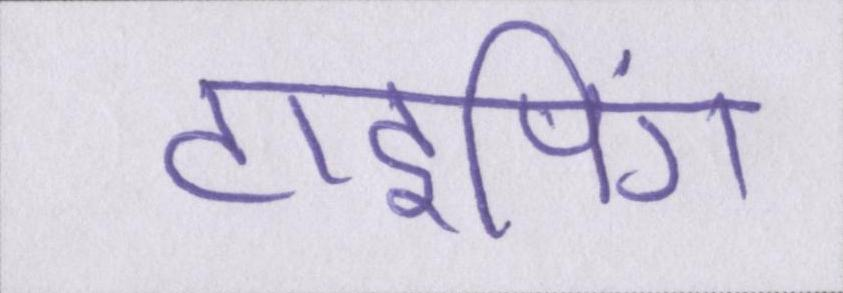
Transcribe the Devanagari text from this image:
टाइपिंग